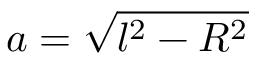
a = \sqrt { l ^ { 2 } - R ^ { 2 } }